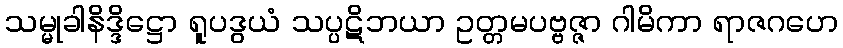
သမ္မုခါနိဒ္ဒိဋ္ဌော ရူပဒွယံ သပ္ပဋိဘယာ ဥတ္တမပဗ္ဗဇ္ဇာ ဂါမိကာ ရာဇဂဟေ